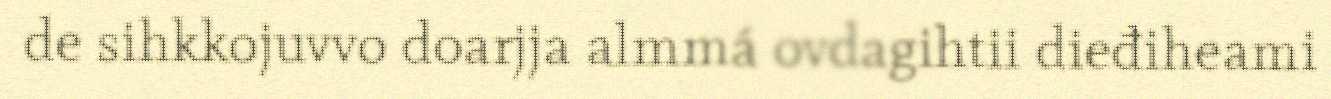
de sihkkojuvvo doarjja almmá ovdagihtii dieđiheami